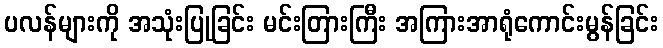
ပလန်များကို အသုံးပြုခြင်း မင်းတြားကြီး အကြားအာရုံကောင်းမွန်ခြင်း